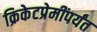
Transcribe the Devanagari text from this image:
क्रिकेटप्रेमींपर्यंत